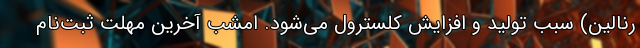
رنالین) سبب تولید و افزایش کلسترول می‌شود. امشب آخرین مهلت ثبت‌نام